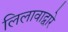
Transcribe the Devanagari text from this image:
लिलावाद्वारे